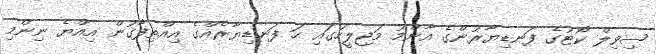
ސިވިލް ކޯޓުގެ ފަނޑިޔާރުންގެ އާންމު މަޖިލީހުގައި ހަ ފަނޑިޔާރެއްގެ އިއްތިފާގުން އިއްޔެ ނިންމި